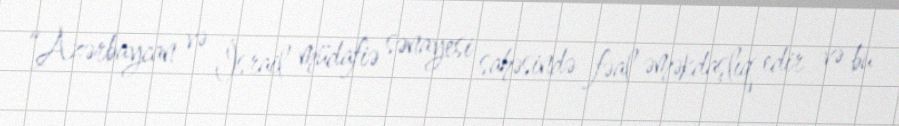
“Azərbaycan və İsrail müdafiə sənayesi sahəsində fəal əməkdaşlıq edir və bu